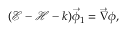
\begin{array} { r } { ( \mathcal { E } - \mathcal { H } - k ) \vec { \phi } _ { 1 } = \vec { \nabla } \phi , } \end{array}